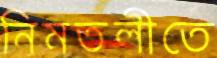
নিমতলীতে